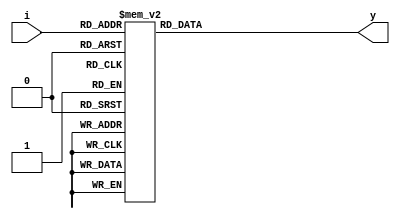
`timescale 1ns / 1ps

module Decoder_3x8_bh(
    output reg [7:0] y,
    input [2:0] i
    );
always@(*)
begin 
    case(i)
        3'b000: y= 8'b0000_0001;
        3'b001: y= 8'b0000_0010;
        3'b010: y= 8'b0000_0100;
        3'b011: y= 8'b0000_1000;
        3'b100: y= 8'b0001_0000;
        3'b101: y= 8'b0010_0000;
        3'b110: y= 8'b0100_0000;
        3'b111: y= 8'b1000_0000;
    endcase
end
endmodule